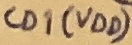
Text: CD1(VDD)